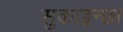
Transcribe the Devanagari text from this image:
सुकाइन्छ।